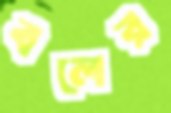
বলের